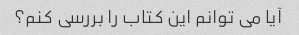
آیا می توانم این کتاب را بررسی کنم؟